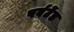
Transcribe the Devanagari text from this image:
पर्वर्टेड